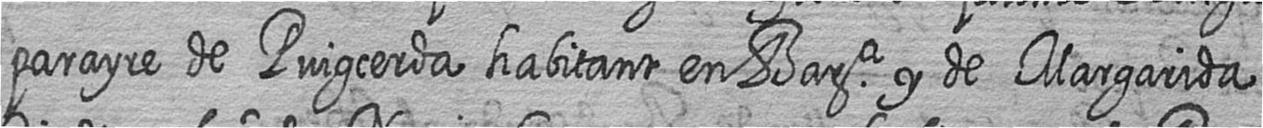
parayre de Puigcerda habitant en Bara y de Margarida